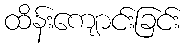
ထိန်းကျောင်းခြင်း